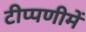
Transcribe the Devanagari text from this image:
टीप्‍पणीमें